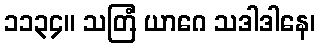
၁၁၃၄။ သတြံ ယာဂေ သဒါဒါနေ၊